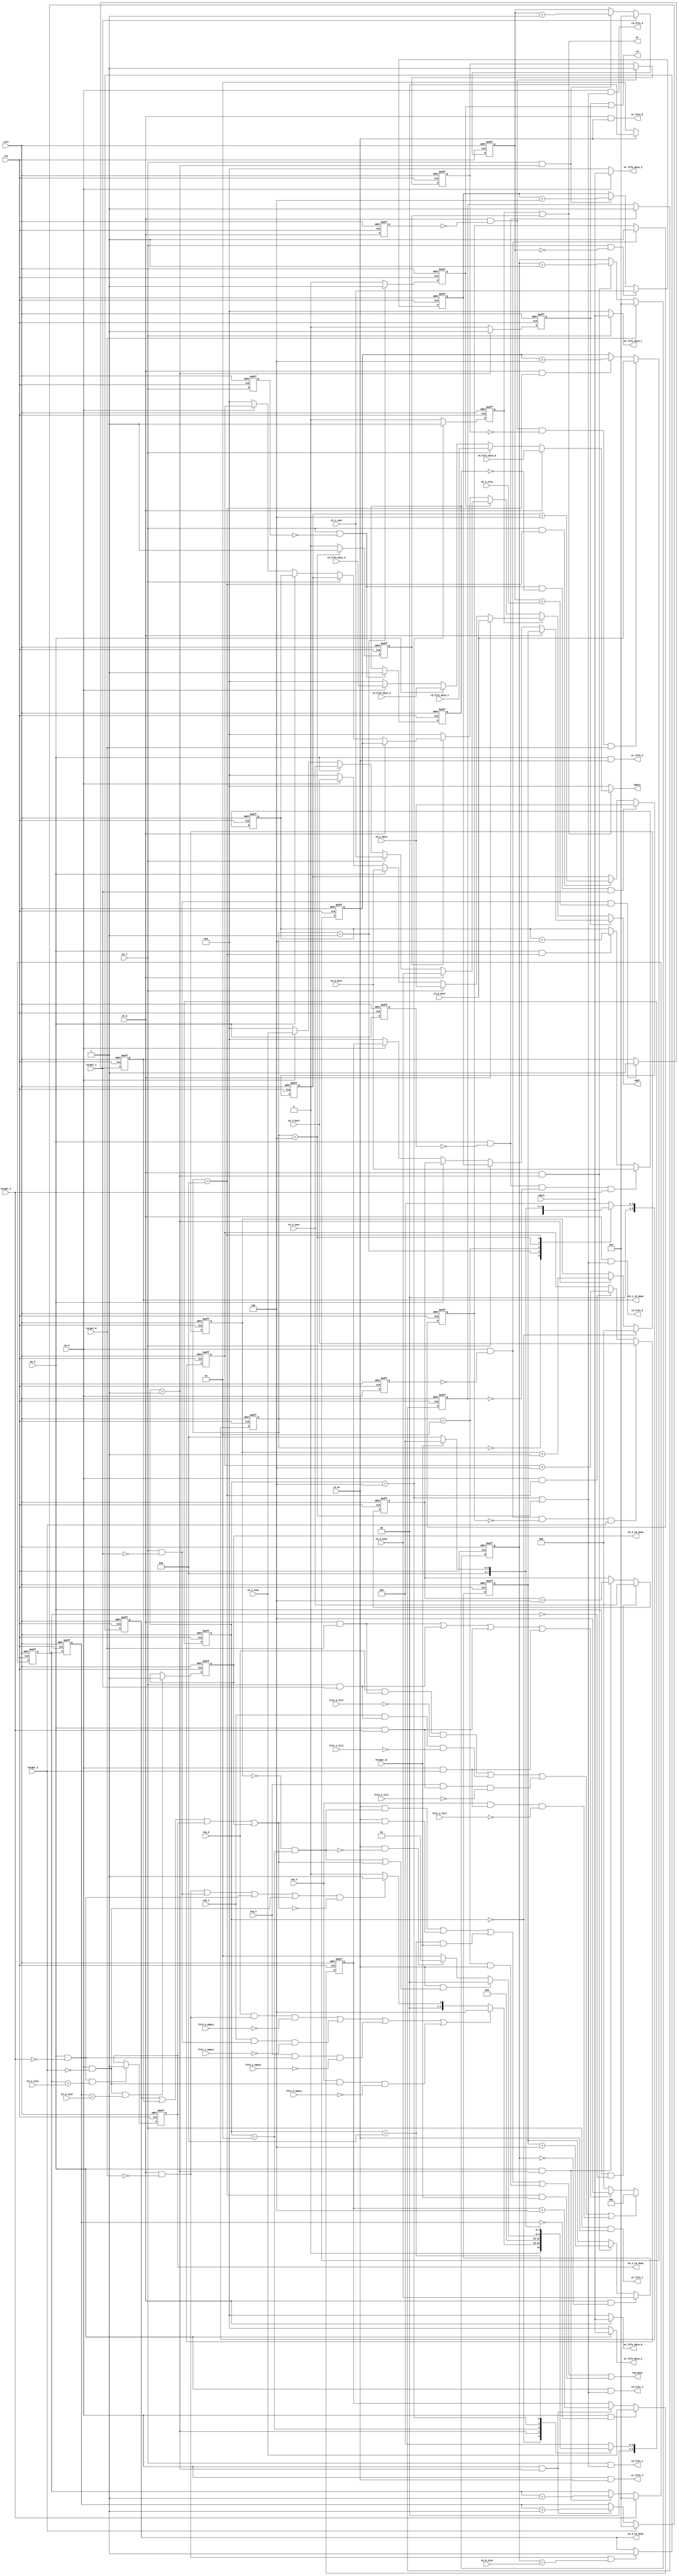
//fifotarget

module channel_ctrl(
    input clk,
    input rstn,

    input req_0,
    input req_1,
    input req_2,
    input req_3,

    output wr,
    output rd,
    output [31:0] addr,     //
    output [31:0] wdata,
    input  [31:0] rdata,
    input         rd_en,

    input en_0,
    input en_1,
    input en_2,
    input en_3,

    input target_0,
    input target_1,
    input target_2,
    input target_3,

    input [9:0] ch_0_size,
    input [9:0] ch_1_size,
    input [9:0] ch_2_size,
    input [9:0] ch_3_size,

    input [31:0] ch_0_sour,
    input [31:0] ch_0_dest,
    input [31:0] ch_1_sour,
    input [31:0] ch_1_dest,
    input [31:0] ch_2_sour,
    input [31:0] ch_2_dest,
    input [31:0] ch_3_sour,
    input [31:0] ch_3_dest,

    input fifo_0_empty,
    input fifo_1_empty,
    input fifo_2_empty,
    input fifo_3_empty,

    input fifo_0_full,
    input fifo_1_full,
    input fifo_2_full,
    input fifo_3_full,

    output wr_fifo_0,
    output [31:0] wr_fifo_data_0,
    output rd_fifo_0,
    input  [31:0] rd_fifo_data_0,

    output wr_fifo_1,
    output [31:0] wr_fifo_data_1,
    output rd_fifo_1,
    input  [31:0] rd_fifo_data_1,

    output wr_fifo_2,
    output [31:0] wr_fifo_data_2,
    output rd_fifo_2,
    input  [31:0] rd_fifo_data_2,

    output wr_fifo_3,
    output [31:0] wr_fifo_data_3,
    output rd_fifo_3,
    input  [31:0] rd_fifo_data_3,

    input hready_in,
    output req_done,

    output reg ch_0_t0_done,            //t0
    output reg ch_1_t0_done,
    output reg ch_2_t0_done,
    output reg ch_3_t0_done
);

parameter MAX_TRANS=8;
parameter TRANS_W=3;//2^3=8

reg [9:0] cnt_t0_0;
reg [9:0] cnt_t0_1;
reg [9:0] cnt_t0_2;
reg [9:0] cnt_t0_3;

reg [TRANS_W-1:0] t0_cnt;
wire              t0_mt_done;                  //

wire              peri_t0_req;
wire              peri_t1_req;
wire              mem_t0_req;
wire              mem_t1_req;

wire             ch0_t0_en;
wire             ch1_t0_en;
wire             ch2_t0_en;
wire             ch3_t0_en;
wire             ch0_t1_en;
wire             ch1_t1_en;
wire             ch2_t1_en;
wire             ch3_t1_en;

reg   [31:0]     rd_addr_0;
reg   [31:0]     rd_addr_1;
reg   [31:0]     rd_addr_2;
reg   [31:0]     rd_addr_3;

wire  [31:0]     t0_rm_addr;        //t0
wire  [31:0]     t0_wp_addr;        //t0
reg              t0_wr;
reg              t0_rd;

wire             t0_done;              //channel  t0

wire  [31:0]     t1_rp_addr;
wire  [31:0]     t1_wm_addr;
reg              t1_wr;
reg              t1_rd;

wire            wr_fifo;
wire     [31:0] wr_fifo_data;
wire            rd_fifo;

reg             en_0_d;
reg             en_1_d;
reg             en_2_d;
reg             en_3_d;

wire            en_0_r;
wire            en_1_r;
wire            en_2_r;
wire            en_3_r;

reg             en_0_r_d;
reg             en_1_r_d;
reg             en_2_r_d;
reg             en_3_r_d;

reg   [31:0] rd_addr_t1_0;
reg   [31:0] rd_addr_t1_1;
reg   [31:0] rd_addr_t1_2;
reg   [31:0] rd_addr_t1_3;


//logic of direction 0
reg [5:0] s0_cs;
reg [5:0] s0_ns;

parameter S0_IDLE   = 6'b000000;
parameter S0_R_M    = 6'b000001;
parameter S0_WAIT_R = 6'b000010;
parameter S0_W_P    = 6'b000100;
parameter S0_WAIT_W = 6'b001000;

assign ch0_t0_en=en_0==1 && target_0==0;    //channelx t0
assign ch1_t0_en=en_1==1 && target_1==0;
assign ch2_t0_en=en_2==1 && target_2==0;
assign ch3_t0_en=en_3==1 && target_3==0;

assign peri_t0_req =(req_0 && ch0_t0_en && fifo_0_empty==0) ||//fifo is not empty  t0
                    (req_1 && ch1_t0_en && fifo_1_empty==0) ||
                    (req_2 && ch2_t0_en && fifo_2_empty==0) ||
                    (req_3 && ch3_t0_en && fifo_3_empty==0) ;
assign mem_t0_req=(ch0_t0_en | ch1_t0_en | ch2_t0_en | ch3_t0_en ) && (~t0_done);  //

always @(posedge clk or negedge rstn)
    if (!rstn)
        s0_cs<=S0_IDLE;
    else 
        s0_cs<=s0_ns;

always @(*)
    case (s0_cs)
        S0_IDLE: if (peri_t0_req)
                    s0_ns=S0_W_P;
                 else if (mem_t0_req)
                    s0_ns=S0_R_M;
                 else 
                    s0_ns=S0_IDLE;

        S0_R_M:  s0_ns=S0_WAIT_R;

        S0_WAIT_R: if (rd_en && (t0_mt_done || t0_done ))       //
                        s0_ns=S0_IDLE;
                   else if (rd_en && (~t0_mt_done)) 
                        s0_ns=S0_R_M;
                   else 
                        s0_ns=S0_WAIT_R;

        S0_W_P:  s0_ns=  S0_WAIT_W;

        S0_WAIT_W: if (hready_in)
                      s0_ns=S0_IDLE;
                   else 
                      s0_ns=  S0_WAIT_W;

        default : s0_ns=S0_IDLE;
    endcase

always @(posedge clk or negedge rstn)            //
    if (!rstn)
        cnt_t0_0<=0;
    else if (target_0)
        cnt_t0_0<=0;
    else if (en_0 && s0_cs==S0_R_M)
        cnt_t0_0<=cnt_t0_0+1;
always @(posedge clk or negedge rstn)
    if (!rstn)
        cnt_t0_1<=0;
    else if (target_1)
        cnt_t0_1<=0;
    else if (en_1 && s0_cs==S0_R_M)
        cnt_t0_1<=cnt_t0_1+1;
always @(posedge clk or negedge rstn)
    if (!rstn)
        cnt_t0_2<=0;
    else if (target_2)
        cnt_t0_2<=0;
    else if (en_2 && s0_cs==S0_R_M)
        cnt_t0_2<=cnt_t0_2+1;
always @(posedge clk or negedge rstn)
    if (!rstn)
        cnt_t0_3<=0;
    else if (target_3)
        cnt_t0_3<=0;
    else if (en_3 && s0_cs==S0_R_M)
        cnt_t0_3<=cnt_t0_3+1;

always @(posedge clk or negedge rstn)
    if (!rstn)
        t0_cnt<={(TRANS_W){1'b0}};
    else if (s0_cs==S0_IDLE)
        t0_cnt<={(TRANS_W){1'b0}};
    else if(s0_cs==S0_R_M)
        t0_cnt<=t0_cnt+1;

assign t0_mt_done=t0_cnt==0 && s0_cs==S0_WAIT_R;

//for ch_x_t0_done
always @(posedge clk or negedge rstn)
    if (!rstn)
        ch_0_t0_done<=0;
    else if (en_0 && target_0==0 && cnt_t0_0==ch_0_size)
        ch_0_t0_done<=1;
always @(posedge clk or negedge rstn)
    if (!rstn)
        ch_1_t0_done<=0;
    else if (en_1 && target_1==0 && cnt_t0_1==ch_1_size)
        ch_1_t0_done<=1;
always @(posedge clk or negedge rstn)
    if (!rstn)
        ch_2_t0_done<=0;
    else if (en_2 && target_2==0 && cnt_t0_2==ch_2_size)
        ch_2_t0_done<=1;
always @(posedge clk or negedge rstn)
    if (!rstn)
        ch_3_t0_done<=0;
    else if (en_3 && target_3==0 && cnt_t0_3==ch_3_size)
        ch_3_t0_done<=1;

assign t0_done=ch_0_t0_done | ch_1_t0_done | ch_2_t0_done | ch_3_t0_done;

//for t0_rd and t0_wr
always @(posedge clk or negedge rstn)
    if (!rstn)
        t0_wr<=0;
    else if (s0_cs==S0_W_P)
        t0_wr<=1;
    else 
        t0_wr<=0;
always @(posedge clk or negedge rstn)
    if (!rstn)
        t0_rd<=0;
    else if (s0_cs==S0_R_M)
        t0_rd<=1;
    else 
        t0_rd<=0;

//for rd_addr_*
always @(posedge clk or negedge rstn)
    if (!rstn)
        rd_addr_0<=0;
    else if (en_0 && cnt_t0_0==0)
        rd_addr_0<=ch_0_sour;
    else if (en_0 && s0_cs==S0_R_M)
        rd_addr_0<=rd_addr_0+4;             //8bit x 4
always @(posedge clk or negedge rstn)
    if (!rstn)
        rd_addr_1<=0;
    else if (en_1 && cnt_t0_1==0)
        rd_addr_1<=ch_1_sour;
    else if (en_1 && s0_cs==S0_R_M)
        rd_addr_1<=rd_addr_1+4;
always @(posedge clk or negedge rstn)
    if (!rstn)
        rd_addr_2<=0;
    else if (en_2 && cnt_t0_2==0)
        rd_addr_2<=ch_2_sour;
    else if (en_2 && s0_cs==S0_R_M)
        rd_addr_2<=rd_addr_2+4;
always @(posedge clk or negedge rstn)
    if (!rstn)
        rd_addr_3<=0;
    else if (en_3 && cnt_t0_3==0)
        rd_addr_3<=ch_3_sour;
    else if (en_3 && s0_cs==S0_R_M)
        rd_addr_3<=rd_addr_3+4;


assign t0_rm_addr=(en_0)?rd_addr_0:
                  (en_1)?rd_addr_1:
                  (en_2)?rd_addr_2:
                  (en_3)?rd_addr_3:'d0;

assign t0_wp_addr=(en_0)?ch_0_dest:
                  (en_1)?ch_1_dest:
                  (en_2)?ch_2_dest:
                  (en_3)?ch_3_dest:'d0;

//logic of direction 1 
reg [5:0] s1_cs;
reg [5:0] s1_ns;

parameter S1_IDLE   = 6'b000000;
parameter S1_R_P    = 6'b000001;
parameter S1_WAIT_R = 6'b000010;
parameter S1_W_M    = 6'b000100;
parameter S1_WAIT_W = 6'b001000;

assign ch0_t1_en=en_0==1 && target_0==1;
assign ch1_t1_en=en_1==1 && target_1==1;
assign ch2_t1_en=en_2==1 && target_2==1;
assign ch3_t1_en=en_3==1 && target_3==1;

assign peri_t1_req =(req_0 && ch0_t1_en && fifo_0_full==0) ||
                    (req_1 && ch1_t1_en && fifo_1_full==0) ||
                    (req_2 && ch2_t1_en && fifo_2_full==0) ||
                    (req_3 && ch3_t1_en && fifo_3_full==0) ; //req_* is highest priority,but if fifo is full,
                                                             // peri_t1_req is low
                                                                  
assign mem_t1_req=ch0_t1_en | ch1_t1_en | ch2_t1_en | ch3_t1_en; //
                                                                      
always @(posedge clk or negedge rstn)
    if (!rstn)
        s1_cs<=S1_IDLE;
    else 
        s1_cs<=s1_ns;

always @(*)
    case (s1_cs)
        S1_IDLE: if (peri_t1_req)
                    s1_ns=S1_R_P;
                 else if (mem_t1_req)
                    s1_ns=S1_W_M;
                 else 
                    s1_ns=S1_IDLE;

        S1_R_P:  s1_ns=S1_WAIT_R;

        S1_WAIT_R: if (rd_en)
                        s1_ns=S1_IDLE;
                   else 
                        s1_ns=S1_WAIT_R;

        S1_W_M:  s1_ns=  S1_WAIT_W;

        S1_WAIT_W: if (hready_in)
                      s1_ns=S1_IDLE;
                   else 
                      s1_ns=  S1_WAIT_W;

        default : s1_ns=S1_IDLE;
    endcase 
//for t1_wr and t1_rd
always @(posedge clk or negedge rstn)
    if (!rstn)
        t1_wr<=0;
    else if (s1_cs==S1_W_M)
        t1_wr<=1;
    else 
        t1_wr<=0;
always @(posedge clk or negedge rstn)
    if (!rstn)
        t1_rd<=0;
    else if (s1_cs==S1_R_P)
        t1_rd<=1;
    else 
        t1_rd<=0;

always @(posedge clk or negedge rstn)
    if (!rstn) begin
        en_0_d<=0;
        en_1_d<=0;
        en_2_d<=0;
        en_3_d<=0;
    end
    else begin
        en_0_d<=en_0;
        en_1_d<=en_1;
        en_2_d<=en_2;
        en_3_d<=en_3;
    end

assign en_0_r=en_0 && (~en_0_d);
assign en_1_r=en_1 && (~en_1_d); 
assign en_2_r=en_2 && (~en_2_d);
assign en_3_r=en_3 && (~en_3_d);

always @(posedge clk or negedge rstn)
    if (!rstn) 
        en_0_r_d<=0;
    else if (en_0_r)
        en_0_r_d<=1;
always @(posedge clk or negedge rstn)
    if (!rstn) 
        en_1_r_d<=0;
    else if (en_1_r)
        en_1_r_d<=1;
always @(posedge clk or negedge rstn)
    if (!rstn) 
        en_2_r_d<=0;
    else if (en_2_r)
        en_2_r_d<=1;
always @(posedge clk or negedge rstn)
    if (!rstn) 
        en_3_r_d<=0;
    else if (en_3_r)
        en_3_r_d<=1;

always @(posedge clk or negedge rstn)
    if (!rstn)
        rd_addr_t1_0<=0;
    else if (en_0_r && (en_0_r_d==0) && (target_0==1) )
        rd_addr_t1_0<=ch_0_dest;
    else if (en_0 && s1_cs==S1_WAIT_W)
        rd_addr_t1_0<=rd_addr_t1_0+4;
always @(posedge clk or negedge rstn)
    if (!rstn)
        rd_addr_t1_1<=0;
    else if (en_1_r && (en_1_r_d==0) && (target_1==1) )
        rd_addr_t1_1<=ch_1_dest;
    else if (en_1 && s1_cs==S1_WAIT_W)
        rd_addr_t1_1<=rd_addr_t1_1+4;
always @(posedge clk or negedge rstn)
    if (!rstn)
        rd_addr_t1_2<=0;
    else if (en_2_r && (en_2_r_d==0) && (target_2==1) )
        rd_addr_t1_2<=ch_2_dest;
    else if (en_2 && s1_cs==S1_WAIT_W)
        rd_addr_t1_2<=rd_addr_t1_2+4;
always @(posedge clk or negedge rstn)
    if (!rstn)
        rd_addr_t1_3<=0;
    else if (en_3_r && (en_3_r_d==0) && (target_3==1) )
        rd_addr_t1_3<=ch_3_dest;
    else if (en_3 && s1_cs==S1_WAIT_W)
        rd_addr_t1_3<=rd_addr_t1_3+4;

assign t1_rp_addr=(en_0) ? ch_0_sour:(
                  (en_1) ? ch_1_sour:(
                  (en_2) ? ch_2_sour:(
                  (en_3) ? ch_3_sour: 0
                  )
                  )
                  );

assign t1_wm_addr=(en_0) ? rd_addr_t1_0:(
                  (en_1) ? rd_addr_t1_1:(
                  (en_2) ? rd_addr_t1_2:(
                  (en_3) ? rd_addr_t1_3: 0
                  )
                  )
                  );

assign wr_fifo      =rd_en;//rd peri and wr into fifo
assign wr_fifo_data =rdata;
assign rd_fifo_t0   =s0_cs==S0_W_P;
assign rd_fifo_t1   =s1_cs==S1_W_M;
assign rd_fifo      =rd_fifo_t0 | rd_fifo_t1;

assign wr_fifo_0    =en_0 && wr_fifo;
assign rd_fifo_0    =en_0 && rd_fifo;
assign wr_fifo_data_0 = (en_0)? wr_fifo_data:0;

assign wr_fifo_1    =en_1 && wr_fifo;
assign rd_fifo_1    =en_1 && rd_fifo;
assign wr_fifo_data_1 = (en_1)? wr_fifo_data:0;
assign wr_fifo_2    =en_2 && wr_fifo;
assign rd_fifo_2    =en_2 && rd_fifo;
assign wr_fifo_data_2 = (en_2)? wr_fifo_data:0;
assign wr_fifo_3    =en_3 && wr_fifo;
assign rd_fifo_3    =en_3 && rd_fifo;
assign wr_fifo_data_3 = (en_3)? wr_fifo_data:0;

assign addr =(t0_rd)? t0_rm_addr:(
             (t0_wr)? t0_wp_addr:(
             (t1_rd)? t1_rp_addr:(
             (t1_wr)? t1_wm_addr:0
             )
             )
             );

//assign wdata =(wr)?(
//              (en_0)?rd_fifo_data_0:
//              (en_1)?rd_fifo_data_1:
//              (en_2)?rd_fifo_data_2:
//              (en_3)?rd_fifo_data_3:0):
//              0;
assign wdata =(wr)?(
              (en_0)?rd_fifo_data_0:(
              (en_1)?rd_fifo_data_1:(
              (en_2)?rd_fifo_data_2:(
              (en_3)?rd_fifo_data_3:0
              )
              )
              )
              ):0;

assign  wr  =t0_wr |  t1_wr;
assign  rd  =t0_rd |  t1_rd;

assign req_done =(rd_en && t0_mt_done) || (rd_en && t0_done ) || 
                 (s0_cs==S0_WAIT_W && hready_in) || (s1_cs==S1_WAIT_R && rd_en)
                 || (s1_cs==S1_WAIT_W && hready_in);


endmodule